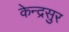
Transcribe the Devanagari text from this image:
केन्द्रसुर